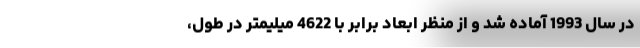
در سال 1993 آماده شد و از منظر ابعاد برابر با 4622 میلیمتر در طول،